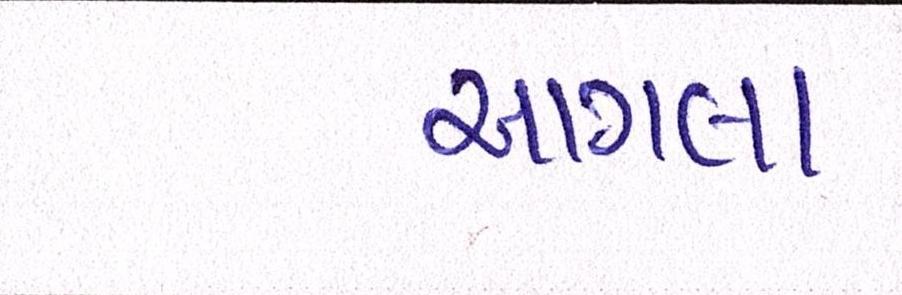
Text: આગલા